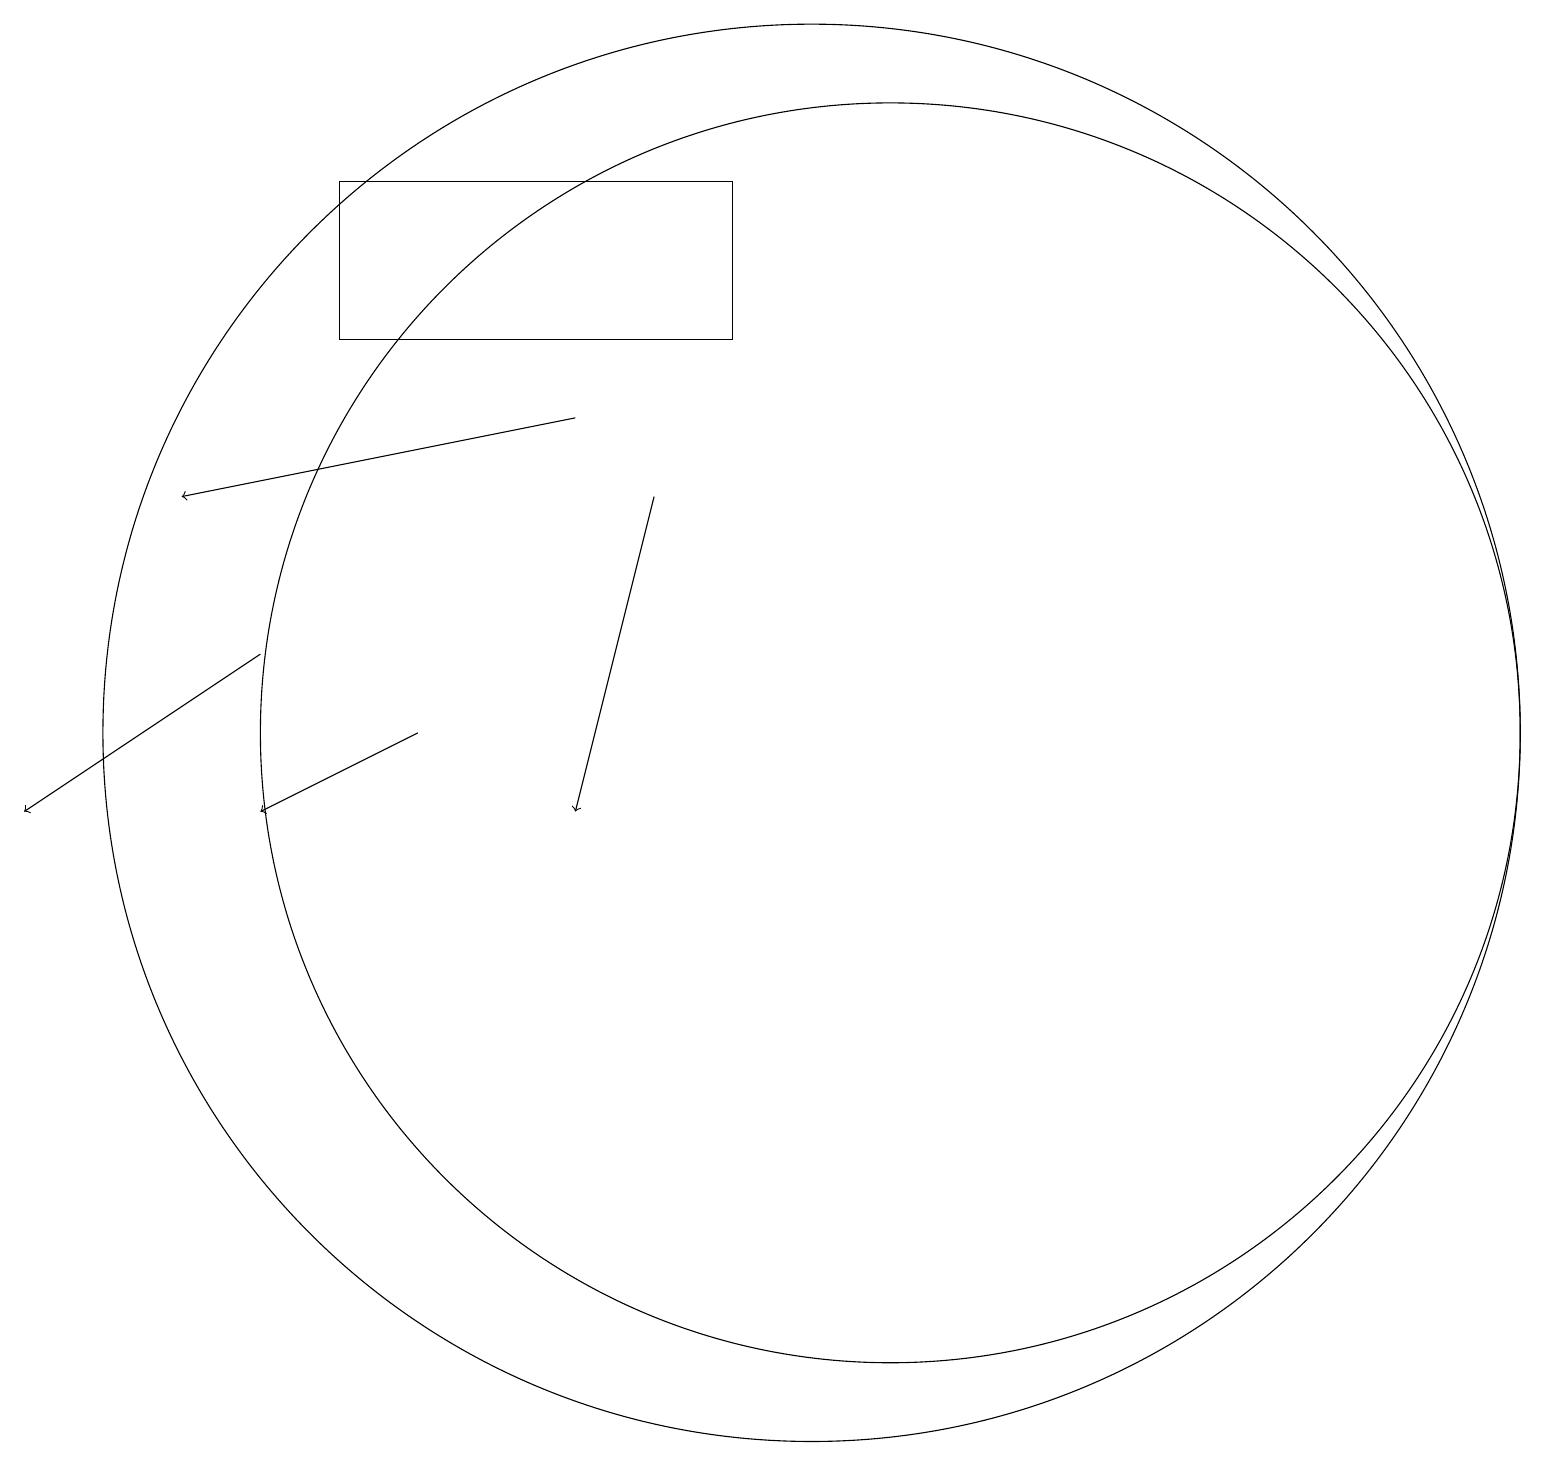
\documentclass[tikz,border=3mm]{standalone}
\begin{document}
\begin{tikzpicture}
\draw (11,11) circle (8);
\draw (10,11) circle (9);
\draw[->] (7,15) -- (2,14);
\draw[->] (5,11) -- (3,10);
\draw[->] (8,14) -- (7,10);
\draw (9,18) rectangle (4,16);
\draw[->] (3,12) -- (0,10);
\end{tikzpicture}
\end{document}